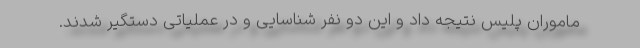
ماموران پلیس نتیجه داد و این دو نفر شناسایی و در عملیاتی دستگیر شدند.